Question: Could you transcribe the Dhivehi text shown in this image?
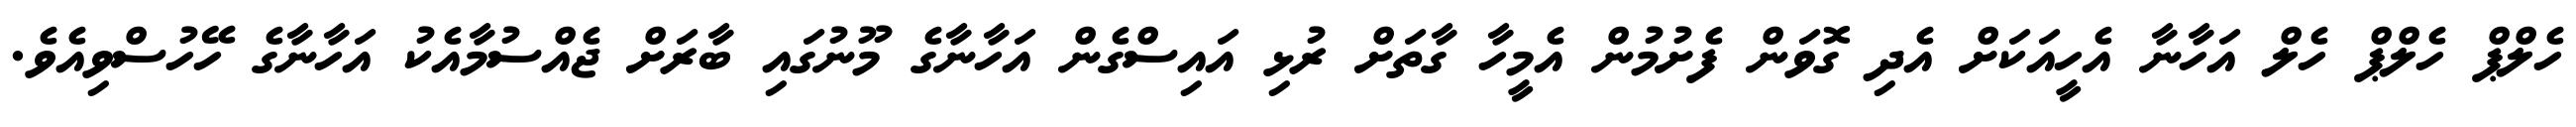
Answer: ހެލްޕް ހެލްޕް ހެލް އަހާނާ އެހީއަކަށް އެދި ގޮވަން ފެށުމުން އެމީހާ ގާތަށް ރުޅި އައިސްގެން އަހާނާގެ މޫނުގައި ބާރަށް ޖެއްސުމާއެކު އަހާނާގެ ހޭހުސްވިއެވެ.